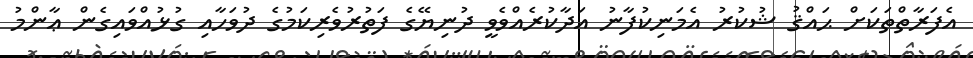
އެފަރާތްތަކަށް ޙައްޤު ޝުކުރު އެމަނިކުފާނު އަދާކުރެއްވެވީ ދުނިޔޭގެ ފަތުރުވެރިކަމުގެ ދުވަހާއި ގުޅުއްވައިގެން ޢާންމު